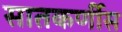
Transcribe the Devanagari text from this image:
सातकर्णीस